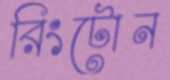
রিংটোন